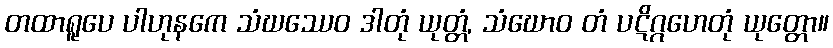
တထာရူပေ ပါဟုနကေ သံဃဿေဝ ဒါတုံ ယုတ္တံ, သံဃောဝ တံ ပဋိဂ္ဂဟေတုံ ယုတ္တော။